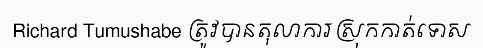
Richard Tumushabe ត្រូវបានតុលាការស្រុកកាត់ទោស